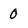
Character: 0